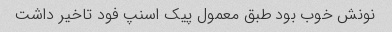
نونش خوب بود طبق معمول پیک اسنپ فود تاخیر داشت